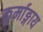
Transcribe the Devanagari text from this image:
कूर्माङ्गाय